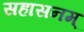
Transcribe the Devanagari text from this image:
सहासनम्